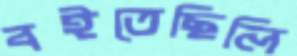
বইতেছিলি